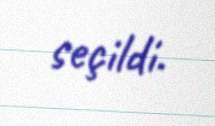
seçildi.